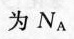
为N_{A}